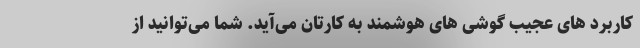
کاربرد های عجیب گوشی های هوشمند به کارتان می‌آید. شما می‌توانید از